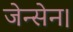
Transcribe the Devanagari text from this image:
जेन्सेन।